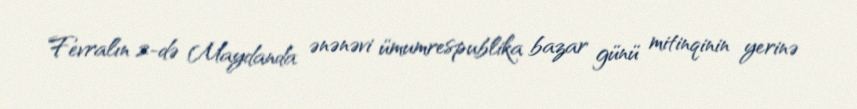
Fevralın 2-də Maydanda ənənəvi ümumrespublika bazar günü mitinqinin yerinə